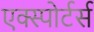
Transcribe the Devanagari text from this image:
एक्स्पोर्टर्स